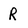
Character: R